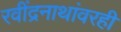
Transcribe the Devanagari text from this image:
रवींद्रनाथांवरही